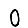
Digit: 0